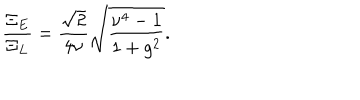
LaTeX: \frac { \Xi _ { E } } { \Xi _ { L } } = \frac { \sqrt { 2 } } { 4 \nu } \sqrt { \frac { \nu ^ { 4 } - 1 } { 1 + g ^ { 2 } } } .